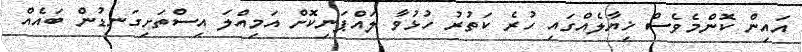
އައިން ކޮންމެވެސް ޚިޔާލެއްގައި ހުރެ ކަތުރު ހުޅުވާ ލައްޕަނިކޮށް އަމިއްލަ އިސްތަށިގަނޑުން ބައެއް